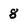
Character: 8